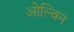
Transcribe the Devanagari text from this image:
ओल्विन